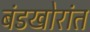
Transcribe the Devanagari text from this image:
बंडखोरांत